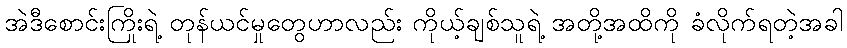
အဲဒီစောင်းကြိုးရဲ့ တုန်ယင်မှုတွေဟာလည်း ကိုယ့်ချစ်သူရဲ့ အတို့အထိကို ခံလိုက်ရတဲ့အခါ